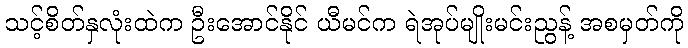
သင့်စိတ်နှလုံးထဲက ဦးအောင်နိုင် ယီမင်က ရဲအုပ်မျိုးမင်းညွန့် အစမှတ်ကို